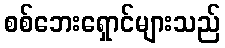
စစ်ဘေးရှောင်များသည်